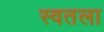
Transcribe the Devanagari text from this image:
स्वतला